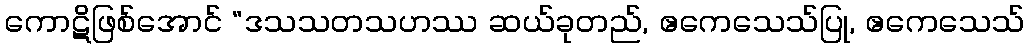
ကောဋိဖြစ်အောင် “ဒသသတသဟဿ ဆယ်ခုတည်, ဧကေသေသ်ပြု, ဧကေသေသ်